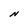
Character: N